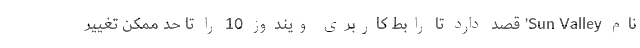
نام Sun Valley’ قصد دارد تا رابط کاربری ویندوز 10 را تا حد ممکن تغییر